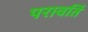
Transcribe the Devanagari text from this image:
परावर्ति